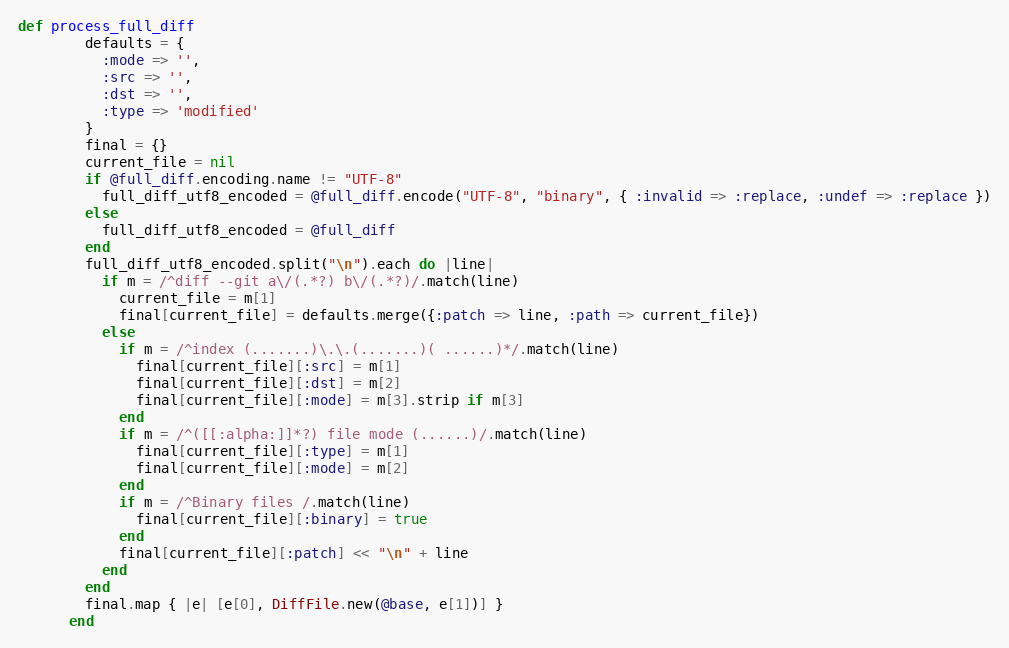
Language: Ruby
def process_full_diff
        defaults = {
          :mode => '',
          :src => '',
          :dst => '',
          :type => 'modified'
        }
        final = {}
        current_file = nil
        if @full_diff.encoding.name != "UTF-8"
          full_diff_utf8_encoded = @full_diff.encode("UTF-8", "binary", { :invalid => :replace, :undef => :replace })
        else
          full_diff_utf8_encoded = @full_diff
        end
        full_diff_utf8_encoded.split("\n").each do |line|
          if m = /^diff --git a\/(.*?) b\/(.*?)/.match(line)
            current_file = m[1]
            final[current_file] = defaults.merge({:patch => line, :path => current_file})
          else
            if m = /^index (.......)\.\.(.......)( ......)*/.match(line)
              final[current_file][:src] = m[1]
              final[current_file][:dst] = m[2]
              final[current_file][:mode] = m[3].strip if m[3]
            end
            if m = /^([[:alpha:]]*?) file mode (......)/.match(line)
              final[current_file][:type] = m[1]
              final[current_file][:mode] = m[2]
            end
            if m = /^Binary files /.match(line)
              final[current_file][:binary] = true
            end
            final[current_file][:patch] << "\n" + line
          end
        end
        final.map { |e| [e[0], DiffFile.new(@base, e[1])] }
      end